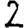
Digit: 2